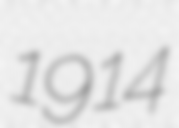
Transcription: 1914